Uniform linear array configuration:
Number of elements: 8
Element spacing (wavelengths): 0.25
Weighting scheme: hann
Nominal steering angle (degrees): -45
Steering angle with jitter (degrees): -43.301
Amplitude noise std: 0.05
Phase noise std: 0.05

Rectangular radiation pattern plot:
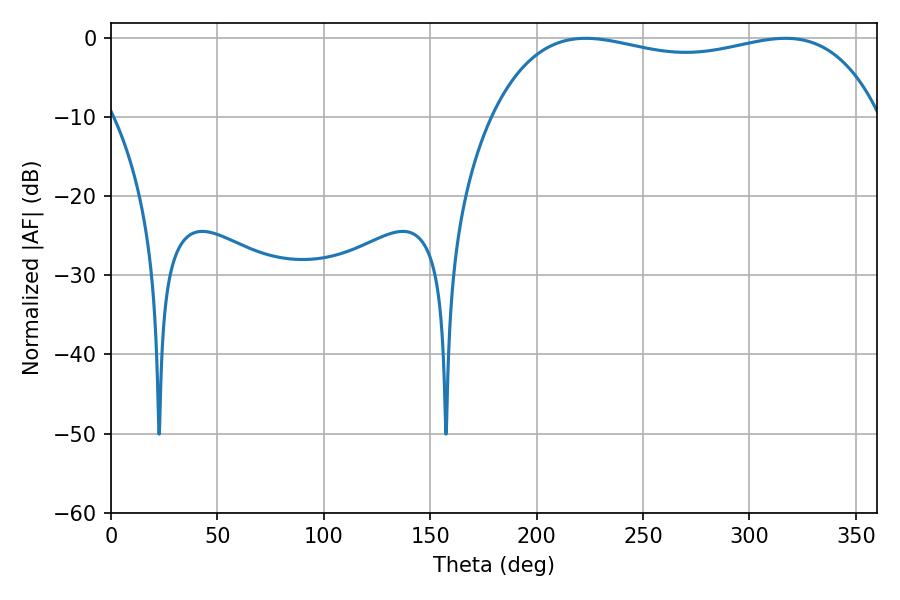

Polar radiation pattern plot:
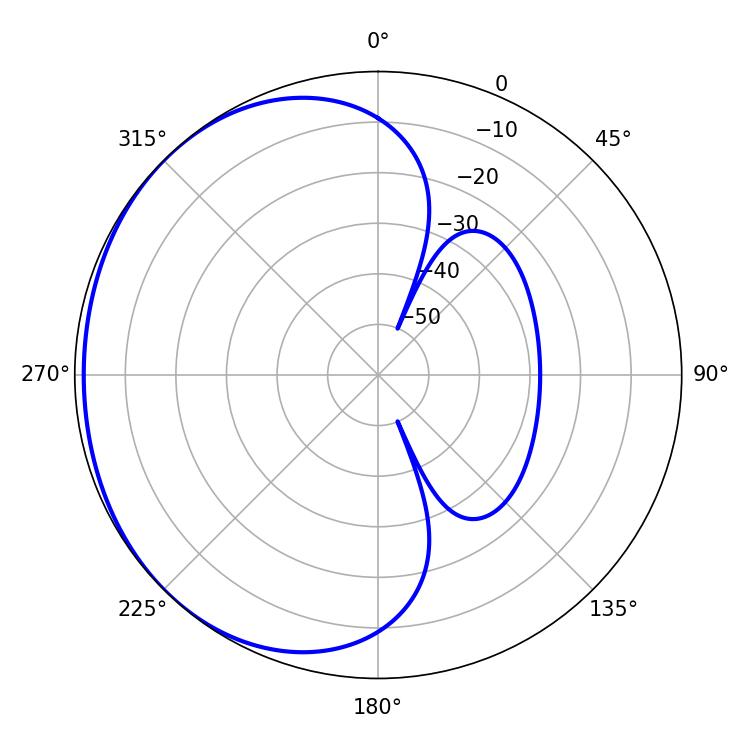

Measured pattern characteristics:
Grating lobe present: FALSE
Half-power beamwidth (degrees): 147.96
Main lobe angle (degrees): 223.02